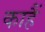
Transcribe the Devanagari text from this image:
काहैं